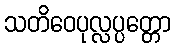
သတိဝေပုလ္လပ္ပတ္တော